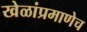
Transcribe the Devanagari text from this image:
खेळांप्रमाणेच